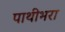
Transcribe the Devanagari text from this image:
पाथीभरा